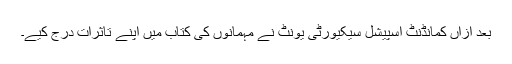
بعد ازاں کمانڈنٹ اسپیشل سیکیورٹی یونٹ نے مہمانوں کی کتاب میں اپنے تاثرات درج کیے۔